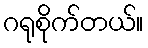
ဂရုစိုက်တယ်။